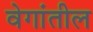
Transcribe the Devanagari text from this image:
वेगांतील